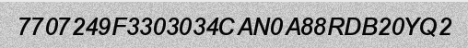
7707249F3303034CAN0A88RDB20YQ2